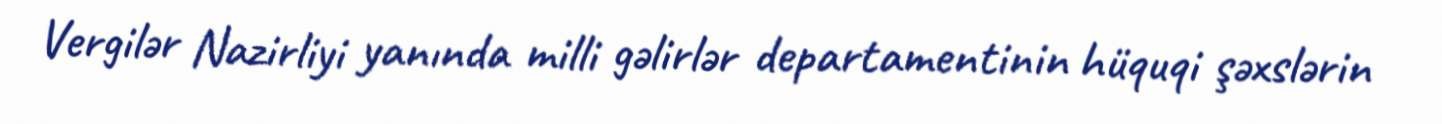
Vergilər Nazirliyi yanında milli gəlirlər departamentinin hüquqi şəxslərin